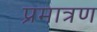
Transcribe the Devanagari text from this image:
प्रमात्रण